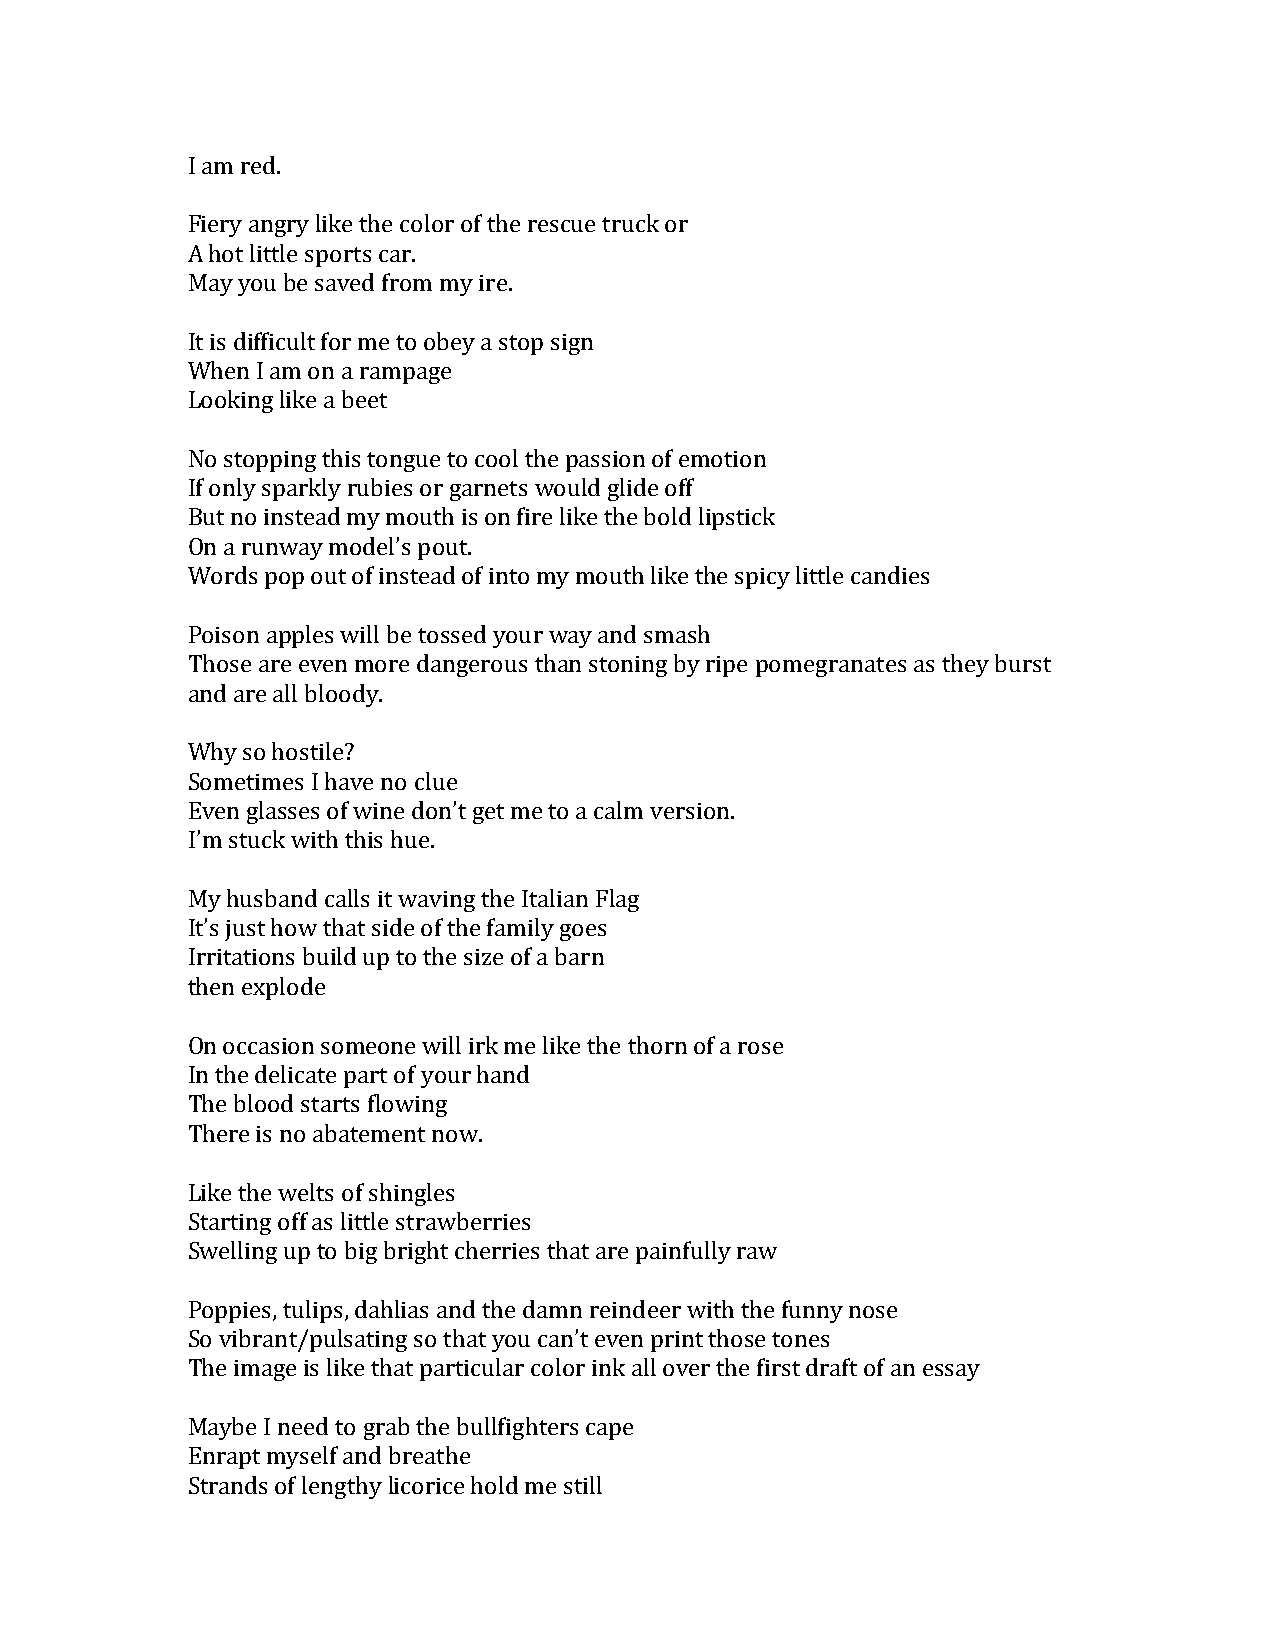
I am red.
 Fiery angry like the color of the rescue truck or
 A hot little sports car.
 May you be saved from my ire.
 It is difficult for me to obey a stop sign
 When I am on a rampage
 Looking like a beet
 No stopping this tongue to cool the passion of emotion
 If only sparkly rubies or garnets would glide off
 But no instead my mouth is on fire like the bold lipstick
 On a runway model’s pout.
 Words pop out of instead of into my mouth like the spicy little candies
 Poison apples will be tossed your way and smash
 Those are even more dangerous than stoning by ripe pomegranates as they burst
 and are all bloody.
 Why so hostile?
 Sometimes I have no clue
 Even glasses of wine don’t get me to a calm version.
 I’m stuck with this hue.
 My husband calls it waving the Italian Flag
 It’s just how that side of the family goes
 Irritations build up to the size of a barn
 then explode
 On occasion someone will irk me like the thorn of a rose
 In the delicate part of your hand
 The blood starts flowing
 There is no abatement now.
 Like the welts of shingles
 Starting off as little strawberries
 Swelling up to big bright cherries that are painfully raw
 Poppies, tulips, dahlias and the damn reindeer with the funny nose
 So vibrant/pulsating so that you can’t even print those tones
 The image is like that particular color ink all over the first draft of an essay
 Maybe I need to grab the bullfighters cape
 Enrapt myself and breathe
 Strands of lengthy licorice hold me still